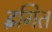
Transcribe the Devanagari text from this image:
इँगित